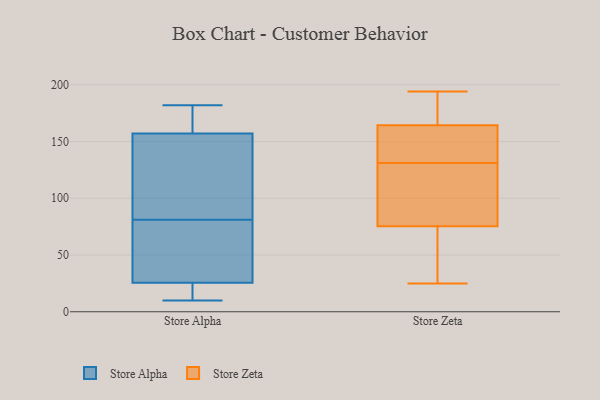
{"axis": {"x": "Demand Index", "y": "Value"}, "legend": ["Store Alpha", "Store Zeta"], "data": [{"x": "", "y": 30, "type": "Store Alpha"}, {"x": "", "y": 173, "type": "Store Alpha"}, {"x": "", "y": 177, "type": "Store Alpha"}, {"x": "", "y": 10, "type": "Store Alpha"}, {"x": "", "y": 41, "type": "Store Alpha"}, {"x": "", "y": 182, "type": "Store Alpha"}, {"x": "", "y": 17, "type": "Store Alpha"}, {"x": "", "y": 169, "type": "Store Alpha"}, {"x": "", "y": 121, "type": "Store Alpha"}, {"x": "", "y": 84, "type": "Store Alpha"}, {"x": "", "y": 44, "type": "Store Alpha"}, {"x": "", "y": 24, "type": "Store Alpha"}, {"x": "", "y": 94, "type": "Store Alpha"}, {"x": "", "y": 12, "type": "Store Alpha"}, {"x": "", "y": 81, "type": "Store Alpha"}, {"x": "", "y": 131, "type": "Store Zeta"}, {"x": "", "y": 56, "type": "Store Zeta"}, {"x": "", "y": 154, "type": "Store Zeta"}, {"x": "", "y": 77, "type": "Store Zeta"}, {"x": "", "y": 81, "type": "Store Zeta"}, {"x": "", "y": 130, "type": "Store Zeta"}, {"x": "", "y": 25, "type": "Store Zeta"}, {"x": "", "y": 189, "type": "Store Zeta"}, {"x": "", "y": 194, "type": "Store Zeta"}, {"x": "", "y": 137, "type": "Store Zeta"}, {"x": "", "y": 70, "type": "Store Zeta"}, {"x": "", "y": 156, "type": "Store Zeta"}, {"x": "", "y": 190, "type": "Store Zeta"}]}